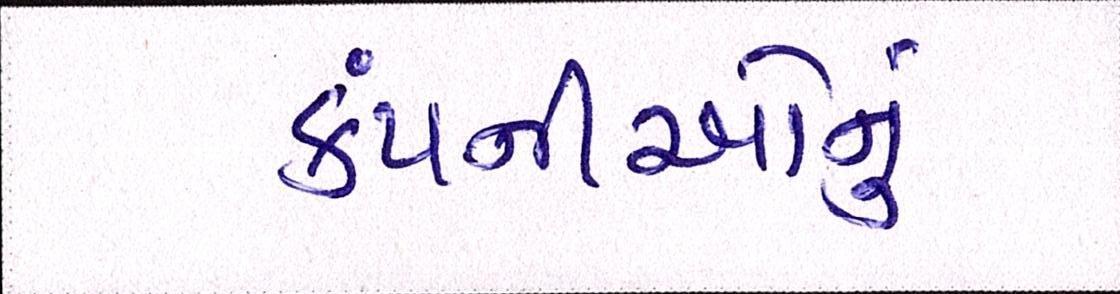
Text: કંપનીઓનું